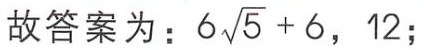
故答案为：\(6\sqrt{5} + 6\)，\(12\);